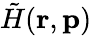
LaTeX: \tilde{H}(\textbf{r},\textbf{p})